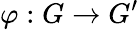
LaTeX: \varphi:G\to G^{\prime}